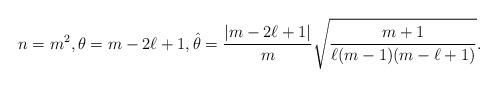
LaTeX: \begin{align*} n=m^2, \theta=m-2\ell+1, \hat\theta=\frac{|m-2\ell+1|}{m}\sqrt{\frac{m+1}{\ell(m-1)(m-\ell+1)}}.\end{align*}